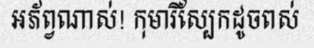
អភ័ព្វណាស់! កុមារីស្បែកដូចពស់